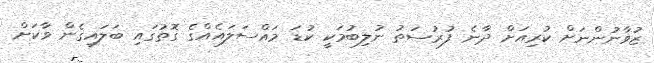
ޒުވާނުންނަށް ކުރިއަށް ދާނެ ފުރުސަތު ނުލިބުމަކީ ކުޑަ މައްސަލައެއްގެ ގޮތުގައި ބަލައިގެން ވާކަށް